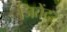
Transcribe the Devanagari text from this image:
जितेंदर